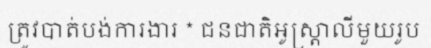
ត្រូវបាត់បង់ការងារ * ជនជាតិអូស្ត្រាលីមួយរូប